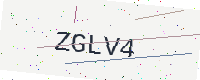
Text: ZGLV4